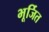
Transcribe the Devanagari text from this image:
भूर्जित